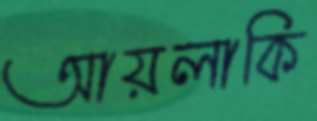
আয়লাকি